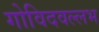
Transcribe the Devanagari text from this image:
गोविदवल्लभ